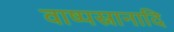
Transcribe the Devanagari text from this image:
वाष्पस्नानादि